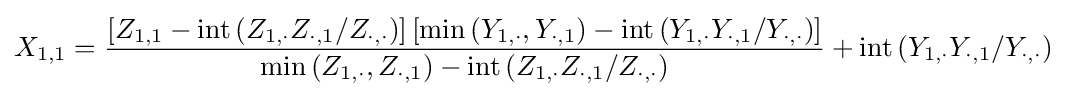
X_{1,1}={\frac {\left[Z_{1,1}-{\text{int}}\left({Z_{1,\cdot }Z_{\cdot ,1}}/{Z_{\cdot ,\cdot }}\right)\right]\left[{{\text{min}}\left(Y_{1,\cdot },Y_{\cdot ,1}\right)-{\text{int}}\left({Y_{1,\cdot }Y_{\cdot ,1}}/{Y_{\cdot ,\cdot }}\right)}\right]}{{\text{min}}\left(Z_{1,\cdot },Z_{\cdot ,1}\right)-{\text{int}}\left({Z_{1,\cdot }Z_{\cdot ,1}}/{Z_{\cdot ,\cdot }}\right)}}+{\text{int}}\left({Y_{1,\cdot }Y_{\cdot ,1}}/{Y_{\cdot ,\cdot }}\right)